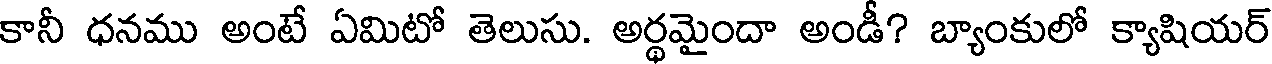
కానీ ధనము అంటే ఏమిటో తెలుసు. అర్థమైందా అండీ? బ్యాంకులో క్యాషియర్